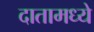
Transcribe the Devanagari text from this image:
दातामध्ये